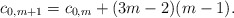
\begin{align*} c_{0,m+1}=c_{0,m}+(3m-2)(m-1).\end{align*}